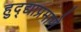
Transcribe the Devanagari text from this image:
हुद्द्याप्रमाणे